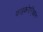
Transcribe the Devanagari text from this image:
फाइकोएरि्थ्रान